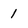
Character: 1